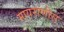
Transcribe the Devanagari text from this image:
मायराणीस